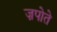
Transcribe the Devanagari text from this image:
ज़पोते